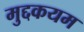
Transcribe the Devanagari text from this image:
मुद्दकयम